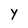
Character: Y